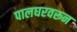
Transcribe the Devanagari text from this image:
पालघरवरून